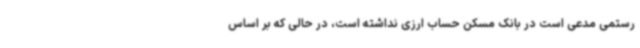
رستمی مدعی است در بانک مسکن حساب ارزی نداشته است، در حالی که بر اساس